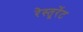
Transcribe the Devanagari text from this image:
रेस्तूरेंट